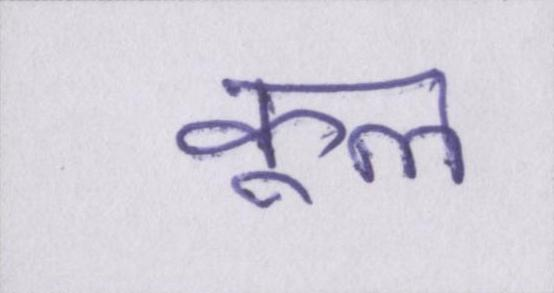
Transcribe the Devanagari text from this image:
कूल